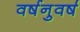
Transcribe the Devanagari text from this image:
वर्षनुवर्ष